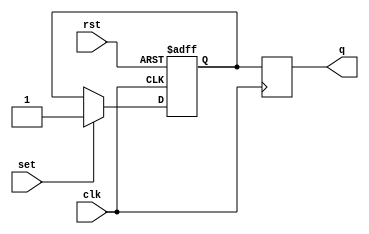
module mstr_slv_SR_FF (
  input wire clk,
  input wire rst,
  input wire set,
  output reg q
);

reg m_ff_q, s_ff_q;

always @(posedge clk or negedge rst) begin
  if (!rst) begin
    m_ff_q <= 1'b0;
  end else begin
    if (set) begin
      m_ff_q <= 1'b1;
    end else begin
      m_ff_q <= m_ff_q;
    end
  end
end

assign q = s_ff_q;

always @(negedge clk) begin
  s_ff_q <= m_ff_q;
end

endmodule